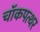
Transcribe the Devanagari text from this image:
चॉकपत्थर